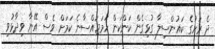
ދެ ރަށުގެ ކައުންސިލާ ގުޅިގެން ކަންކަން ހަމަޖައްސާނެ ކަމަށް ވެސް އޭނާ ވިދާޅުވި